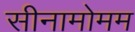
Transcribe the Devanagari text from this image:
सीनामोमम